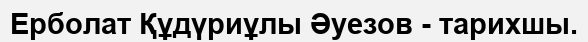
Ерболат Құдүриұлы Әуезов - тарихшы.